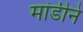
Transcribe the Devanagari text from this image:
मांडीने